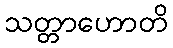
သတ္တာဟောတိ